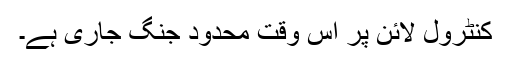
کنٹرول لائن پر اس وقت محدود جنگ جاری ہے۔